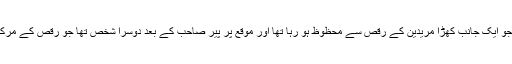
ان دیکھے خوف میں مبتلا نعمت اللہ کی نظر اپنے ڈرائیور ساتھی پر پڑی، جو ایک جانب کھڑا مریدین کے رقص سے محظوظ ہو رہا تھا اور موقع پر پیر صاحب کے بعد دوسرا شخص تھا جو رقص کے مرکزی حال سے بے خبر اورجسے تمام افراد کے مشاہدے کا شرف حاصل تھا۔